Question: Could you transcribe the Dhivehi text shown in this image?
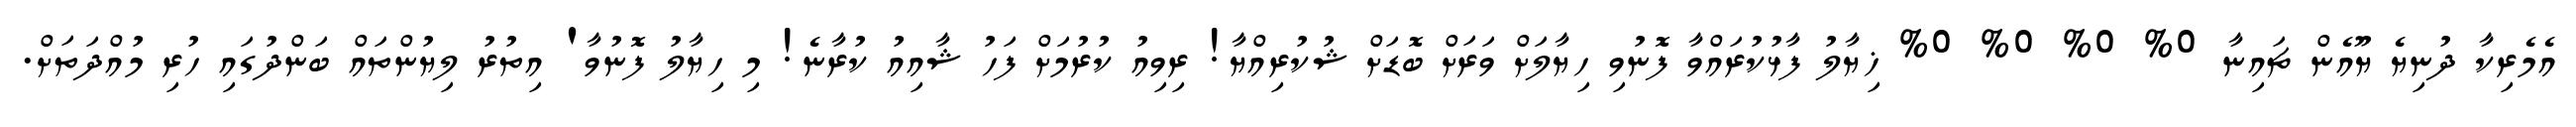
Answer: އެމެރިކާ ދުނިޔެ ޔޫއެން ޗައިނާ 0% 0% 0% 0% ޚިޔާލު ފާޅުކުރައްވާ ފޮނުވި ހިޔާލަށް ވަރަށް ބޮޑަށް ޝުކުރިއްޔާ! ރިވިއު ކުރުމަށް ފަހު ޝާއިއު ކުރާނެ! މި ހިޔާލު ފޮނުވާ' އިތުރު ލިޔުންތައް ބަންދުގައި ހުރި މުއްދަތަށް.